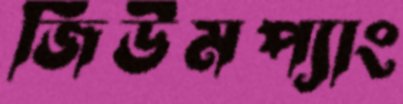
জিউমপ্যাং